Annual statistical returns and brief notes on vaccination in Bengal - 1909-1929
Year: 1909
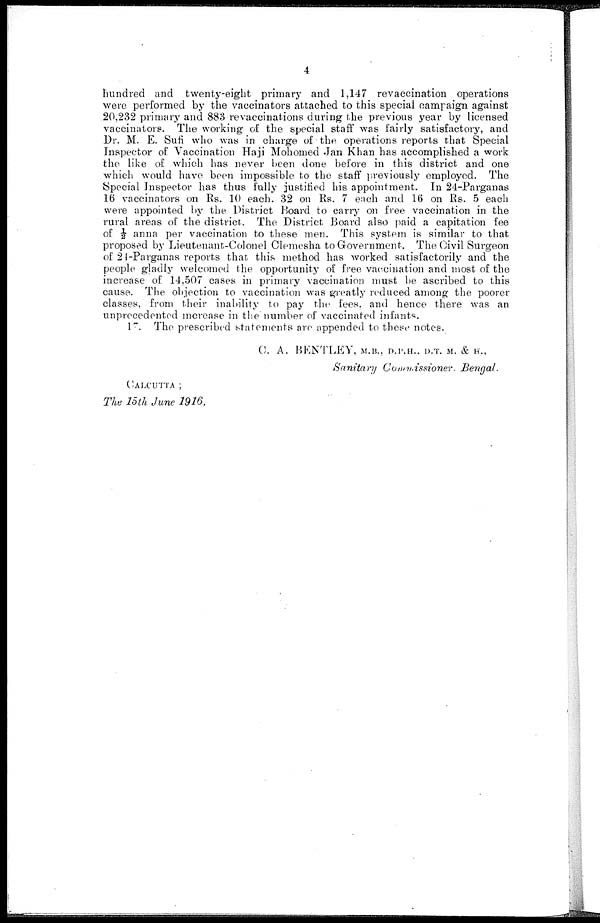
4
hundred and twenty-eight primary and 1,147 revaccination operations
were performed by the vaccinators attached to this special campaign against
20,232 primary and 883 revaccinations during the previous year by licensed
vaccinators. The working of the special staff was fairly satisfactory, and
Dr. M. E. Sufi who was in charge of the operations reports that Special
Inspector of Vaccination Haji Mohomed Jan Khan has accomplished a work
the like of which has never been done before in this district and one
which would have been impossible to the staff previously employed. The
Special Inspector has thus fully justified his appointment. In 24-Parganas
16 vaccinators on Rs. 10 each. 32 on Rs. 7 each and 16 on Rs. 5 each
were appointed by the District Board to carry on free vaccination in the
rural areas of the district. The District Board also paid a capitation fee
of ½ anna per vaccination to these men. This system is similar to that
proposed by Lieutenant-Colonel Clemesha to Government. The Civil Surgeon
of 24-Parganas reports that this method has worked satisfactorily and the
people gladly welcomed the opportunity of free vaccination and most of the
increase of 14,507 cases in primary vaccination must be ascribed to this
cause. The objection to vaccination was greatly reduced among the poorer
classes, from their inability to pay the fees, and hence there was an
unprecedented increase in the number of vaccinated infants.
17. The prescribed statements are appended to these notes.
C. A. BENTLEY, M.B., D.P.H., D.T. M. & H.,
Sanitary Commissioner.
Bengal.
CALCUTTA ;
The 15th June 1916.